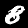
Digit: 8